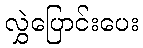
လွှဲပြောင်းပေး